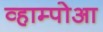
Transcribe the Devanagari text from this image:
व्हाम्पोआ